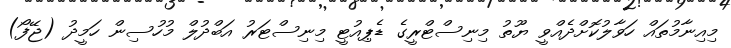
މިއިނާމުތައް ހަވާލުކޮށްދެއްވީ ޔޫތު މިނިސްޓްރީގެ ޑެޕިއުޓީ މިނިސްޓަރު އަބްދުލް މުހުސިން ހަމީދު (ޖޭފޯ)